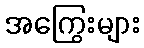
အကြွေးများ